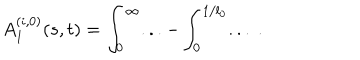
A _ { 1 } ^ { ( i , 0 ) } ( s , t ) = \int _ { 0 } ^ { \infty } . . . - \int _ { 0 } ^ { 1 / l _ { 0 } } . . . \ .